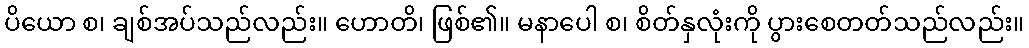
ပိယော စ၊ ချစ်အပ်သည်လည်း။ ဟောတိ၊ ဖြစ်၏။ မနာပေါ စ၊ စိတ်နှလုံးကို ပွားစေတတ်သည်လည်း။